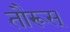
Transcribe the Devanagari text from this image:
तौरूस्